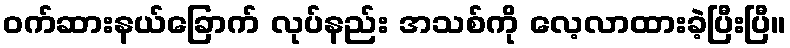
ဝက်ဆားနယ်ခြောက် လုပ်နည်း အသစ်ကို လေ့လာထားခဲ့ပြီးပြီ။